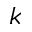
k